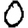
Digit: 0